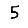
Digit: 5